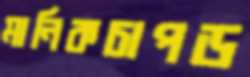
মানিকচাপড়